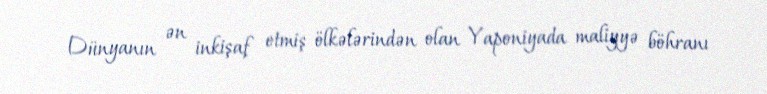
Dünyanın ən inkişaf etmiş ölkələrindən olan Yaponiyada maliyyə böhranı